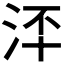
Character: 𣳶